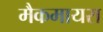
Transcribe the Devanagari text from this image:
मैकमायरा